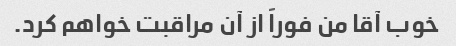
خوب آقا من فوراً از آن مراقبت خواهم کرد.